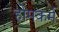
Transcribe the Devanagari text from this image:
होमकर्म